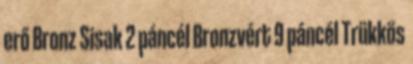
erő Bronz Sisak 2 páncél Bronzvért 9 páncél Trükkös